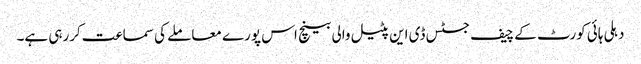
دہلی ہائی کورٹ کے چیف جسٹس ڈی این پٹیل والی بینچ اس پورے معاملے کی سماعت کررہی ہے۔